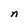
Character: n